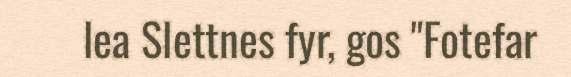
lea Slettnes fyr, gos "Fotefar